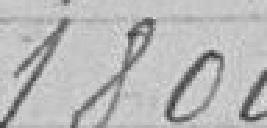
1800